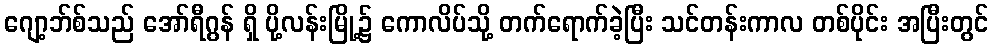
ဂျော့ဘ်စ်သည် အော်ရီဂွန် ရှိ ပို့လန်းမြို့၌ ကောလိပ်သို့ တက်ရောက်ခဲ့ပြီး သင်တန်းကာလ တစ်ပိုင်း အပြီးတွင်